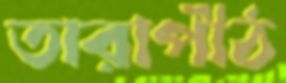
তারাপীঠ